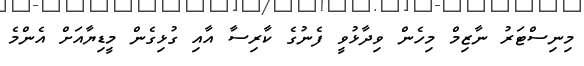
މިނިސްޓަރު ނާޒިމް މިހެން ވިދާޅުވީ ފެނުގެ ކާރިސާ އާއި ގުޅިގެން މީޑިޔާއަށް އެންމެ